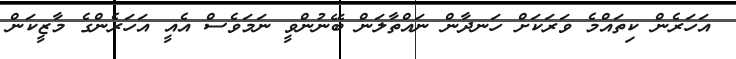
އަހަރެން ކިތައްމެ ވަރަކަށް ހަނދާން ނައްތާލަން ބޭނުންވީ ނަމަވެސް އެއީ އަހަރެންގެ މާޒީކަން